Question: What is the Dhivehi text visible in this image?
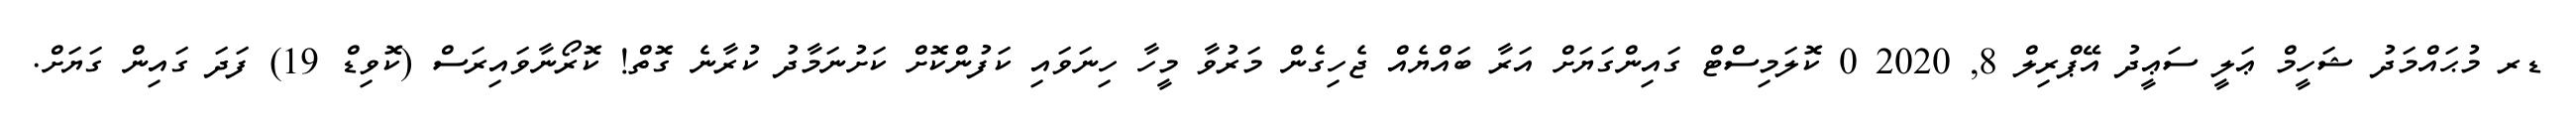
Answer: ޑރ މުޙައްމަދު ޝަހީމް ޢަލީ ސަޢީދު އޭޕްރިލް 8, 2020 0 ކޮލަމިސްޓް ގައިންގަޔަށް އަރާ ބައްޔެއް ޖެހިގެން މަރުވާ މީހާ ހިނަވައި ކަފުންކޮށް ކަށުނަމާދު ކުރާނެ ގޮތް! ކޮރޯނާވައިރަސް (ކޮވިޑް 19) ފަދަ ގައިން ގަޔަށް.